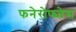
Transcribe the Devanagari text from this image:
फनेरोफ्य्तेस